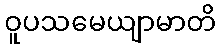
ဝူပသမေယျာမာတိ